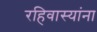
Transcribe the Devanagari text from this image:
रहिवास्यांना